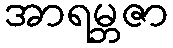
အာရမ္ဘဇာ